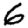
Digit: 6